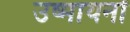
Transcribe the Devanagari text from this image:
उष्मायनों